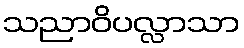
သညာဝိပလ္လာသာ